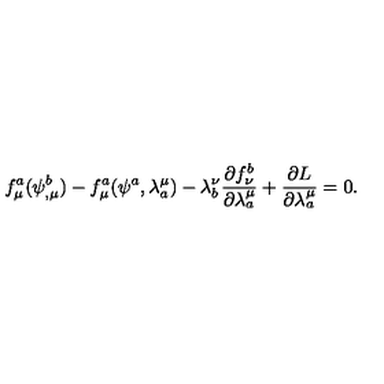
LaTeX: f _ { \mu } ^ { a } ( \psi _ { , \mu } ^ { b } ) - f _ { \mu } ^ { a } ( \psi ^ { a } , \lambda _ { a } ^ { \mu } ) - \lambda _ { b } ^ { \nu } \frac { \partial f _ { \nu } ^ { b } } { \partial \lambda _ { a } ^ { \mu } } + \frac { \partial L } { \partial \lambda _ { a } ^ { \mu } } = 0 .